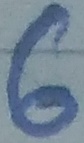
Text: 6